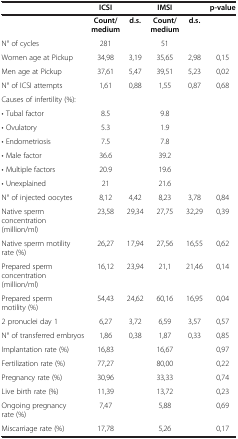
<table><thead><tr><td><b> </b></td><td><b>ICSI</b></td><td><b> </b></td><td><b>IMSI</b></td><td><b> </b></td><td><b>p-value</b></td></tr></thead><tbody><tr><td> </td><td><b>Count/medium</b></td><td><b>d.s.</b></td><td><b>Count/medium</b></td><td><b>d.s.</b></td><td> </td></tr><tr><td>N° of cycles</td><td>281</td><td> </td><td>51</td><td> </td><td> </td></tr><tr><td>Women age at Pickup</td><td>34,98</td><td>3,19</td><td>35,65</td><td>2,98</td><td>0,15</td></tr><tr><td>Men age at Pickup</td><td>37,61</td><td>5,47</td><td>39,51</td><td>5,23</td><td>0,02</td></tr><tr><td>N° of ICSI attempts</td><td>1,61</td><td>0,88</td><td>1,55</td><td>0,87</td><td>0,68</td></tr><tr><td>Causes of infertility (%):</td><td> </td><td> </td><td> </td><td> </td><td> </td></tr><tr><td>• Tubal factor</td><td>8.5</td><td> </td><td>9.8</td><td> </td><td> </td></tr><tr><td>• Ovulatory</td><td>5.3</td><td> </td><td>1.9</td><td> </td><td> </td></tr><tr><td>• Endometriosis</td><td>7.5</td><td> </td><td>7.8</td><td> </td><td> </td></tr><tr><td>• Male factor</td><td>36.6</td><td> </td><td>39.2</td><td> </td><td> </td></tr><tr><td>• Multiple factors</td><td>20.9</td><td> </td><td>19.6</td><td> </td><td> </td></tr><tr><td>• Unexplained</td><td>21</td><td> </td><td>21.6</td><td> </td><td> </td></tr><tr><td>N° of injected oocytes</td><td>8,12</td><td>4,42</td><td>8,23</td><td>3,78</td><td>0,84</td></tr><tr><td>Native sperm concentration (million/ml)</td><td>23,58</td><td>29,34</td><td>27,75</td><td>32,29</td><td>0,39</td></tr><tr><td>Native sperm motility rate (%)</td><td>26,27</td><td>17,94</td><td>27,56</td><td>16,55</td><td>0,62</td></tr><tr><td>Prepared sperm concentration (million/ml)</td><td>16,12</td><td>23,94</td><td>21,1</td><td>21,46</td><td>0,14</td></tr><tr><td>Prepared sperm motility (%)</td><td>54,43</td><td>24,62</td><td>60,16</td><td>16,95</td><td>0,04</td></tr><tr><td>2 pronuclei day 1</td><td>6,27</td><td>3,72</td><td>6,59</td><td>3,57</td><td>0,57</td></tr><tr><td>N° of transferred embryos</td><td>1,86</td><td>0,38</td><td>1,87</td><td>0,33</td><td>0,85</td></tr><tr><td>Implantation rate (%)</td><td>16,83</td><td> </td><td>16,67</td><td> </td><td>0,97</td></tr><tr><td>Fertilization rate (%)</td><td>77,27</td><td> </td><td>80,00</td><td> </td><td>0,22</td></tr><tr><td>Pregnancy rate (%)</td><td>30,96</td><td> </td><td>33,33</td><td> </td><td>0,74</td></tr><tr><td>Live birth rate (%)</td><td>11,39</td><td> </td><td>13,72</td><td> </td><td>0,23</td></tr><tr><td>Ongoing pregnancy rate (%)</td><td>7,47</td><td> </td><td>5,88</td><td> </td><td>0,69</td></tr><tr><td>Miscarriage rate (%)</td><td>17,78</td><td> </td><td>5,26</td><td> </td><td>0,17</td></tr></tbody></table>